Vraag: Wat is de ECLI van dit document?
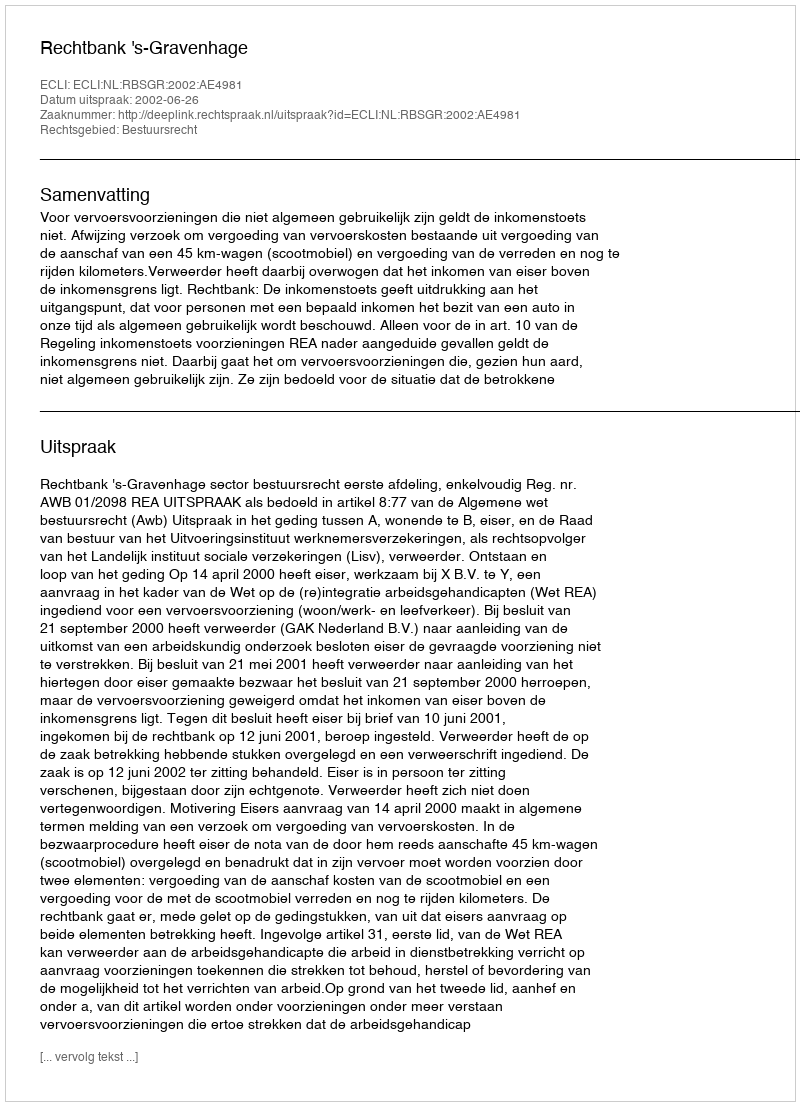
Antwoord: ECLI:NL:RBSGR:2002:AE4981